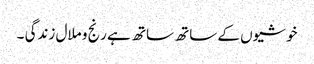
خوشیوں کے ساتھ ساتھ ہے رنج و ملال زندگی ۔